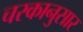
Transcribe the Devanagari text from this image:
चरकानुसार